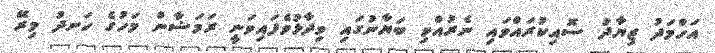
އަހްމަދު ޒިޔާދު ސޮއިކުރައްވައި ނެރުއްވި ބަޔާނުގައި ވިދާޅުވެފައިވަނީ ރަމަޟާން މަހުގެ ހަނދު މިރޭ